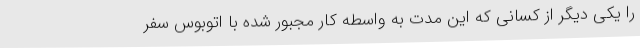
را یکی دیگر از کسانی که این مدت به واسطه کار مجبور شده با اتوبوس سفر